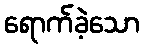
ရောက်ခဲ့သော